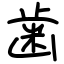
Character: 歯